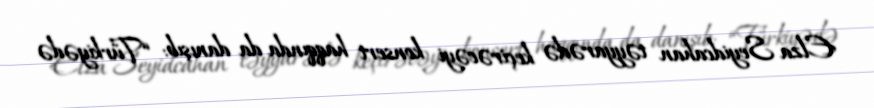
Elza Seyidcahan təyyarədə keçirəcəyi konsert haqqında da danışıb: “Türkiyədə